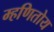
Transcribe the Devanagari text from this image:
म्हणितोय